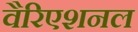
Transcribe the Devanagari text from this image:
वैरिएशनल